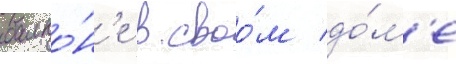
балко́н'е в своо́м до́м'е